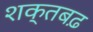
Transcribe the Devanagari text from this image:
शक्तबढ़